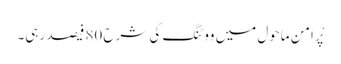
پْر امن ماحول میں ووٹنگ کی شرح 80 فیصد رہی۔